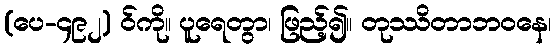
(ပေ-၄၉၂) ဝ်ကို။ ပူရေတွာ၊ ဖြည့်၍။ တုဿိတာဘဝနေ၊